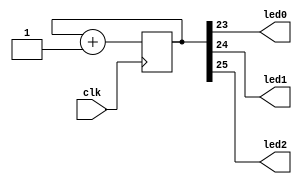
module SimpleCounter (
  input clk,
  output led0,
  output led1,
  output led2
);
  reg [25:0] counter;
  always @(posedge clk) counter <= counter + 1;

  assign led0 = counter[23];
  assign led1 = counter[24];
  assign led2 = counter[25];

endmodule